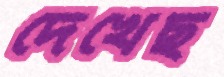
দেখেছ